Report on vaccination in Madras 1877-1894 - 1877-1894
Year: 1877
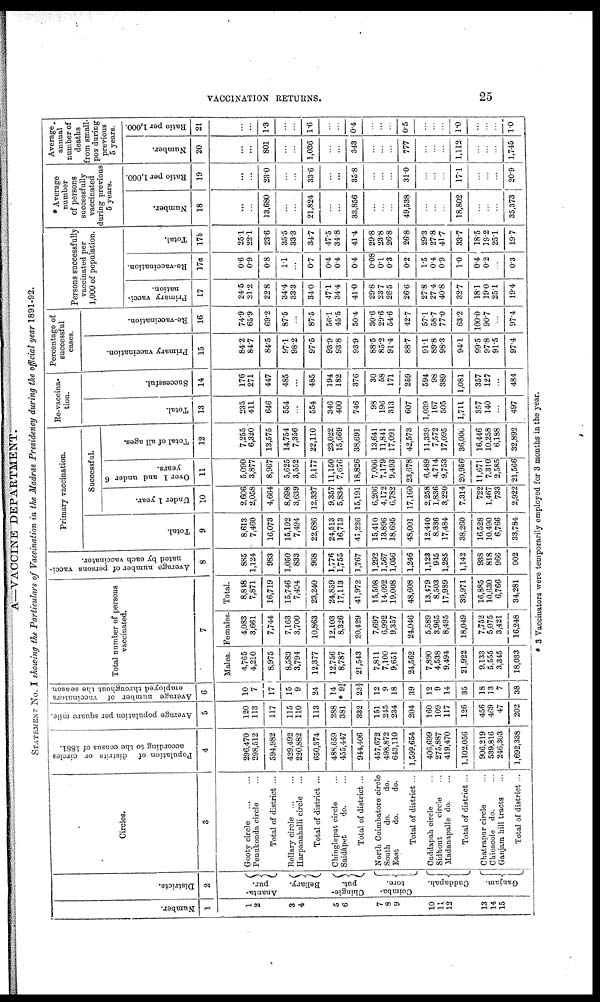
VACCINATION RETURNS.
25
A—VACCINE DEPARTMENT.
STATEMENT No. I showing the Particulars of Vaccination in the Madras Presidency during the official year 1891-92.
Number.
1
1
2
3
4
5
6
7
8
9
10
11
12
13
14
15
Districts.
2
Ananta-
pur.
Bellary.
Chingle-
put.
Coimba-
tore.
Cuddapah.
Ganjam.
Circles.
3
Gooty circle
...
...
Penukonda circle ...
Total of district ...
Bellary circle
...
...
Harpanahalli circle ...
Total of district ...
Chingleput circle ...
Saidápet
do. ...
Total of district ...
North Coimbatore circle
South
do.
do.
East
do.
do.
Total of district ...
Cuddapah circle ...
Sidhout
circle ...
Madanapalle do. ...
Total of district ...
Chatrapur circle ...
Chicacole do. ...
Ganjam hill tracts ...
Total of district ...
Population of distrits or circles
according to the census of 1881.
4
296,470
298,512
594,982
429,492
220,882
650,374
488,659
455,447
944,406
457,672
498,872
643,110
1,599,654
406,699
275,887
419,470
1,102,056
906,219
539,816
246,303
1,692,338
Average population per square mile.
5
120
113
117
115
110
113
288
381
332
151
245
234
204
160
109
117
126
456
469
47
202
Average number of vaccinators
employed throughout the season.
6
10
7
17
15
9
24
14
* 9¾
23¾
12
9
18
39
12
9
14
35
18
13
7
38
Total number of persons
vaccinated.
7
Males.
4,765
4,210
8,975
8,583
3,794
12,377
12,756
8,787
21,543
7,811
7,100
9,651
24,562
7,890
4,538
9,494
21,922
9,133
5,555
3,345
18,033
Females.
4,083
3,661
7,744
7,163
3,700
10,863
12,103
8,326
20,429
7,697
6,992
9,357
24,046
5,589
3,965
8,495
18,049
7,752
5,075
3,421
16,248
Total.
8,848
7,871
16,719
15,746
7,494
23,240
24,859
17,113
41,972
15,508
14,092
19,008
48,608
13,479
8,503
17,989
39,971
16,885
10,630
6,766
34,281
Average number of persons vacci-
nated by each vaccinator.
8
885
1,124
983
1,050
833
968
1,776
1,755
1,767
1,292
1,567
1,056
1,246
1,123
945
1,285
1,142
938
818
966
902
Primary vaccination.
Total.
9
8,613
7,460
16,073
15,192
7,494
22,686
24,513
16,713
41,226
15,410
13,896
18,695
48,001
12,440
8,336
17,484
38,260
16,528
10,490
6,766
33,784
Successful.
Under 1 year.
10
2,606
2,058
4,664
8,698
3,639
12,337
9,357
5,834
15,191
6,206
4,172
6,782
17,160
2,258
1,836
3,220
7,314
722
1,467
733
2,922
Over 1 and under 6
years.
11
5,090
3,877
8,967
5,625
3,552
9,177
11,150
7,676
18,826
7,006
7,179
9,493
23,678
6,489
4,714
9,753
20,956
11,671
7,310
2,585
21,566
Total of all ages.
12
7,255
6,320
13,575
14,754
7,356
22,110
23,022
15,669
38,691
13,641
11,841
17,091
42,573
11,339
7,572
17,095
36,006
16,446
10,258
6,188
32,892
Re-vaccina-
tion.
Total.
13
235
411
646
554
...
554
346
400
746
98
196
313
607
1,039
167
505
1,711
357
140
...
497
Successful.
14
176
271
447
485
...
485
194
182
376
30
58
171
259
594
98
389
1,081
357
127
...
484
Percentage of
successful
cases.
Primary vaccination.
15
84.2
84.7
84.5
97.1
98.2
97.5
93.9
93.8
93.9
88.5
85.2
91.4
88.7
91.1
89.8
98.3
94.1
99.5
97.8
91.5
97.4
Re-vaccination.
16
74.9
65.9
69.2
87.5
...
87.5
56.1
45.5
50.4
30.6
29.6
54.6
42.7
57.1
58.7
77.0
63.2
100.0
90.7
...
97.4
Persons successfully
vaccinated per
1,000 of population.
Primary vacci-
nation.
17
24.5
21.2
22.8
34.4
33.3
34.0
47.1
34.4
41.0
29.8
23.7
26.5
26.6
27.8
27.4
40.8
32.7
18.1
19.0
25.1
19.4
Re-vaccination.
17a
0.6
0.9
0.8
1.1
...
0.7
0.4
0.4
0.4
0.08
0.1
0.3
0.2
1.5
0.4
0.9
1.0
0.4
0.2
...
0.3
Total.
17b
25.1
22.1
23.6
35.5
33.3
34.7
47.5
34.8
41.4
29.8
23.8
26.8
26.8
29.3
27.8
41.7
33.7
18.5
19.2
25.1
19.7
* Average
number
of persons
successfully
vaccinated
during previous
5 years.
Number.
18
...
...
13,680
...
...
21,824
...
...
33,856
...
...
...
49,538
...
...
...
18,802
...
...
...
35,373
Ratio per 1,000.
19
...
...
23.0
...
...
33.6
...
...
35.8
...
...
...
31.0
...
...
...
17.1
...
...
...
20.9
Average
annual
number of
deaths
from small-
pox during
previous
5 years.
Number.
20
...
...
801
...
...
1,036
...
...
343
...
...
...
777
...
...
...
1,112
...
...
...
1,745
Ratio per 1,000.
21
...
...
1.3
...
...
1.6
...
...
0.4
...
...
...
0.5
...
...
...
1.0
...
...
...
1.0
* 3 Vaccinators were temporarily employed for 3 months in the year.